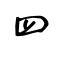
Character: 罒